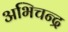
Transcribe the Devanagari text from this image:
अभिचन्द्र